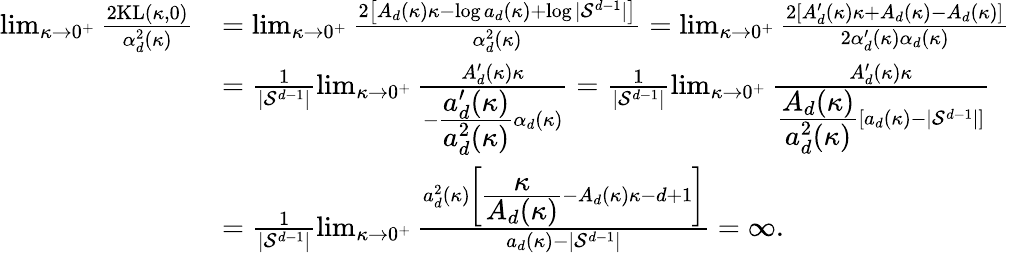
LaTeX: \begin{array}{rl}{\operatorname*{lim}_{\kappa\rightarrow 0^{+}}\frac{2\mathrm{KL}(\kappa,0)}{\alpha_{d}^{2}(\kappa)}}&{=\operatorname*{lim}_{\kappa\rightarrow 0^{+}}\frac{2\left[A_{d}(\kappa)\kappa-\log a_{d}(\kappa)+\log|\mathcal{S}^{d-1}|\right]}{\alpha_{d}^{2}(\kappa)}=\operatorname*{lim}_{\kappa\rightarrow 0^{+}}\frac{2[A_{d}^{\prime}(\kappa)\kappa+A_{d}(\kappa)-A_{d}(\kappa)]}{2\alpha_{d}^{\prime}(\kappa)\alpha_{d}(\kappa)}}\\ &{=\frac{1}{|\mathcal{S}^{d-1}|}\operatorname*{lim}_{\kappa\rightarrow 0^{+}}\frac{A_{d}^{\prime}(\kappa)\kappa}{-\cfrac{a_{d}^{\prime}(\kappa)}{a_{d}^{2}(\kappa)}\alpha_{d}(\kappa)}=\frac{1}{|\mathcal{S}^{d-1}|}\operatorname*{lim}_{\kappa\rightarrow 0^{+}}\frac{A_{d}^{\prime}(\kappa)\kappa}{\cfrac{A_{d}(\kappa)}{a_{d}^{2}(\kappa)}\left[a_{d}(\kappa)-|\mathcal{S}^{d-1}|\right]}}\\ &{=\frac{1}{|\mathcal{S}^{d-1}|}\operatorname*{lim}_{\kappa\rightarrow 0^{+}}\frac{a_{d}^{2}(\kappa)\left[\cfrac{\kappa}{A_{d}(\kappa)}-A_{d}(\kappa)\kappa-d+1\right]}{a_{d}(\kappa)-|\mathcal{S}^{d-1}|}=\infty.}\end{array}